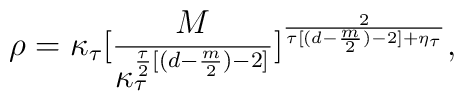
\rho = \kappa_{\tau} [\frac{M}{\kappa_{\tau}^{\frac{\tau}{2}[(d - \frac{m}{2}) - 2]}}]^{\frac{2}{\tau[(d - \frac{m}{2}) - 2] + \eta_{\tau}}} ,